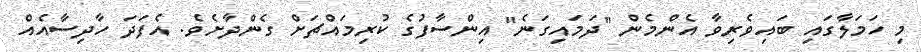
މި ހަމަލާގައި ބައިވެރިވާ އެންމެން "ދަމައިގަނެ" އިންސާފުގެ ކުރިމައްޗަށް ގެންދާށެވެ. އެފަދަ ހާދިސާއެއް